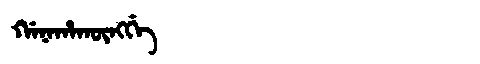
Manchu: ᡤᠠᠨᠠᡥᠠᡴᡡᠩᡤᡝ
Romanization: GANAHAKŪNGGE